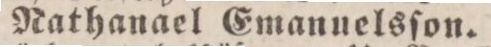
Nathanael Emanuelsſon.